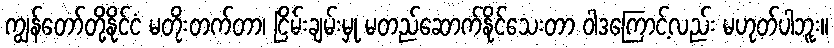
ကျွန်တော်တို့နိုင်ငံ မတိုးတက်တာ၊ ငြိမ်းချမ်းမှု မတည်ဆောက်နိုင်သေးတာ ဝါဒကြောင့်လည်း မဟုတ်ပါဘူး။